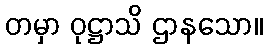
တမှာ ဝုဋ္ဌာသိ ဌာနသော။